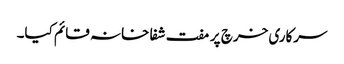
سرکاری خرچ پر مفت شفا خانہ قائم کیا۔